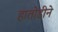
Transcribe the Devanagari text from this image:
हातोडीने